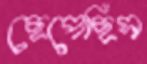
ছেপেছিস